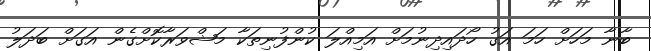
ބާނާ މަހަށް ހަމަ އަގު ހޯދައިދިނުމަށް އަމިއްލަ ކުންފުނިތަކާ މަޝްވަރާކޮށްގެން އަގަށް ބަދަލު